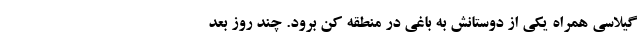
گیلاسی همراه یکی از دوستانش به باغی در منطقه کن برود. چند روز بعد